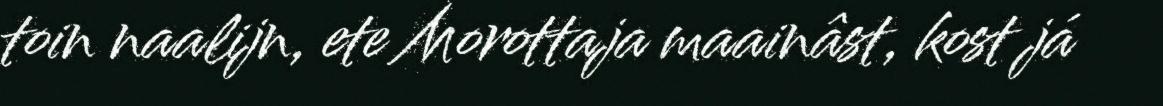
toin naalijn, ete Morottaja maainâst, kost já